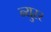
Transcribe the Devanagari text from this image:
न्युरर